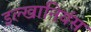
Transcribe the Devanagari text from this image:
इल्खानियंस